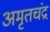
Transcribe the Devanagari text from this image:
अमृतचंद्र